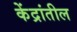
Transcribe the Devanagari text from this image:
केंद्रांतील